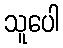
သူပေါ